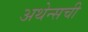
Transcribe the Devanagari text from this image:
अथेन्सची